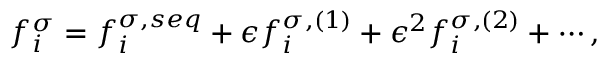
f _ { i } ^ { \sigma } = f _ { i } ^ { \sigma , s e q } + \epsilon f _ { i } ^ { \sigma , ( 1 ) } + \epsilon ^ { 2 } f _ { i } ^ { \sigma , ( 2 ) } + \cdots ,